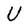
Character: U